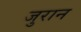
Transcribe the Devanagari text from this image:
जुरान